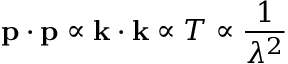
\mathbf { p } \cdot \mathbf { p } \propto \mathbf { k } \cdot \mathbf { k } \propto T \propto { \frac { 1 } { \lambda ^ { 2 } } }